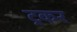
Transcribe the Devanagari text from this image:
ट्रकर